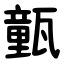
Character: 㼿